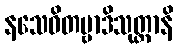
နသေဝိတဗ္ဗာဒိသုတ္တာနိ